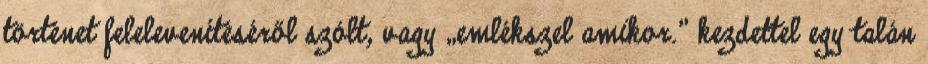
történet felelevenítéséről szólt, vagy „emlékszel amikor.” kezdettel egy talán